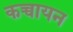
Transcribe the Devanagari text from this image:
कच्चायन